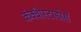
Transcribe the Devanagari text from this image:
कंक्वीस्टाडोर्स